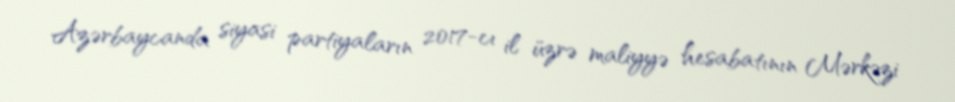
Azərbaycanda siyasi partiyaların 2017-cı il üzrə maliyyə hesabatının Mərkəzi